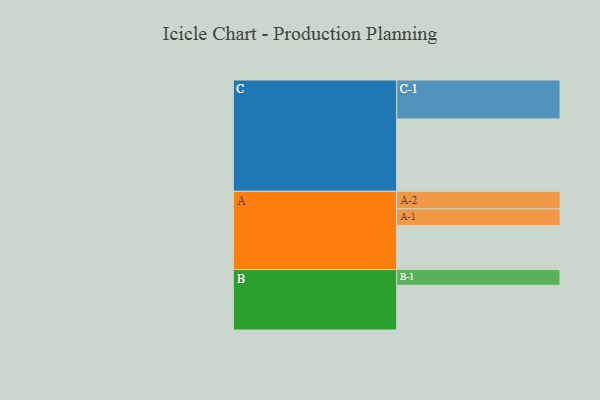
{"axis": {"x": "Segment", "y": "Value"}, "legend": ["", "A", "B", "C"], "data": [{"x": "A", "y": 328, "type": ""}, {"x": "B", "y": 332, "type": ""}, {"x": "C", "y": 537, "type": ""}, {"x": "A-1", "y": 123, "type": "A"}, {"x": "A-2", "y": 130, "type": "A"}, {"x": "B-1", "y": 116, "type": "B"}, {"x": "C-1", "y": 289, "type": "C"}]}